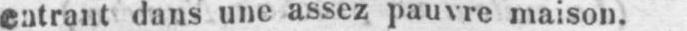
entrant dans une assez pauvre maison.